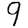
Digit: 9